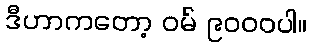
ဒီဟာကတော့ ဝမ် ၉၀၀၀ပါ။